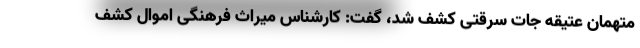
متهمان عتیقه جات سرقتی کشف شد، گفت: کارشناس میراث فرهنگی اموال کشف